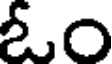
ఓం